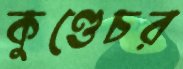
কুণ্ডেচর